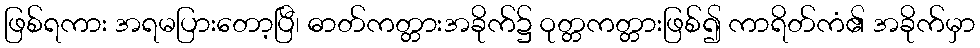
ဖြစ်ရကား အရမပြားတော့ပြီ၊ ဓာတ်ကတ္တားအခိုက်၌ ဝုတ္တကတ္တားဖြစ်၍ ကာရိတ်ကံ၏ အခိုက်မှာ